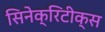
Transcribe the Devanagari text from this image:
सिनेक्रिटीक्स